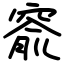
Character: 窬